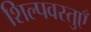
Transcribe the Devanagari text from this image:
शिल्पवस्तुएँ